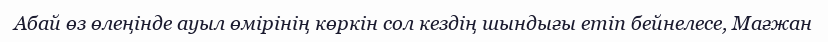
Абай өз өлеңінде ауыл өмірінің көркін сол кездің шындығы етіп бейнелесе, Мағжан